Vaccination Hyderabad 1890-1903 - 1890-1903
Year: 1890
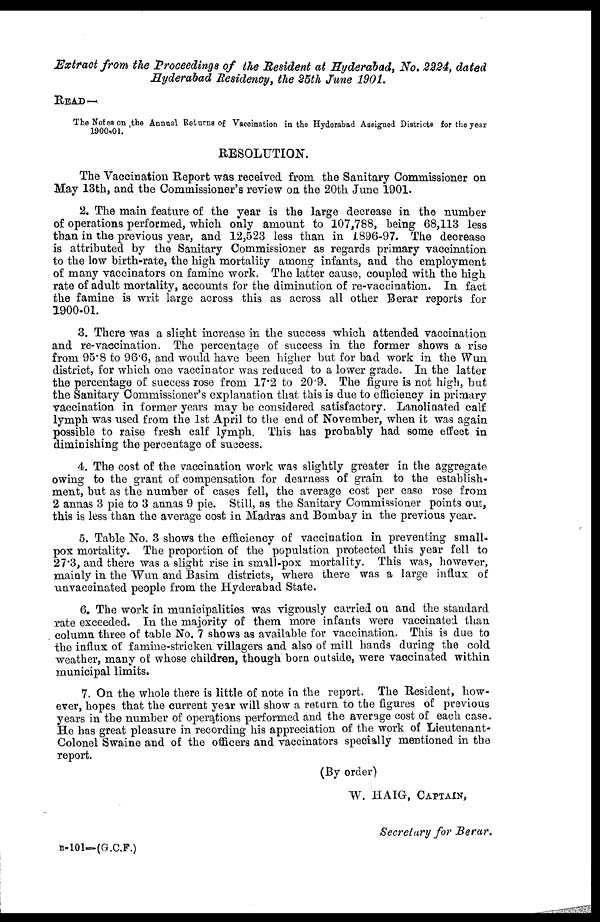
Extract from the Proceedings of the Resident at Hyderabad, No. 2224, dated
Hyderabad Residency, the 25th June 1901.
READ—
The Notes on the Annual Returns of Vaccination in the Hyderabad Assigned Districts for the year
1900-01.
RESOLUTION.
The Vaccination Report was received from the Sanitary Commissioner on
May 13th, and the Commissioner's review on the 20th June 1901.
2. The main feature of the year is the large decrease in the number
of operations performed, which only amount to 107,788, being 68,113 less
than in the previous year, and 12,523 less than in 1896-97. The decrease
is attributed by the Sanitary Commissioner as regards primary vaccination
to the low birth-rate, the high mortality among infants, and the employment
of many vaccinators on famine work. The latter cause, coupled with the high
rate of adult mortality, accounts for the diminution of re-vaccination. In fact
the famine is writ large across this as across all other Berar reports for
1900-01.
3. There was a slight increase in the success which attended vaccination
and re-vaccination. The percentage of success in the former shows a rise
from 95.8 to 96.6, and would have been higher but for bad work in the Wun
district, for which one vaccinator was reduced to a lower grade. In the latter
the percentage of success rose from 17.2 to 20.9. The figure is not high, but
the Sanitary Commissioner's explanation that this is due to efficiency in primary
vaccination in former years may be considered satisfactory. Lanolinated calf
lymph was used from the 1st April to the end of November, when it was again
possible to raise fresh calf lymph. This has probably had some effect in
diminishing the percentage of success.
4. The cost of the vaccination work was slightly greater in the aggregate
owing to the grant of compensation for dearness of grain to the establish-
ment, but as the number of cases fell, the average cost per case rose from
2 annas 3 pie to 3 annas 9 pie. Still, as the Sanitary Commissioner points out,
this is less than the average cost in Madras and Bombay in the previous year.
5. Table No. 3 shows the efficiency of vaccination in preventing small-
pox mortality. The proportion of the population protected this year fell to
27.3, and there was a slight rise in small-pox mortality. This was, however,
mainly in the Wun and Basim districts, where there was a large influx of
unvaccinated people from the Hyderabad State.
6. The work in municipalities was vigrously carried on and the standard
rate exceeded. In the majority of them more infants were vaccinated than
column three of table No. 7 shows as available for vaccination. This is due to
the influx of famine-stricken villagers and also of mill hands during the cold
weather, many of whose children, though born outside, were vaccinated within
municipal limits.
7. On the whole there is little of note in the report. The Resident, how-
ever, hopes that the current year will show a return to the figures of previous
years in the number of operations performed and the average cost of each case.
He has great pleasure in recording his appreciation of the work of Lieutenant¬
Colonel Swaine and of the officers and vaccinators specially mentioned in the
report.
(By order)
W. HAIG, CAPTAIN,
Secretary for Berar.
B-101—(G.C.F.)